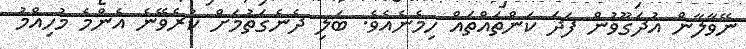
ނޭވާލާން އުދަގޫވުން ފަދަ ކަންތައްތައް ހިމެނެއެވެ. ބަލި ދެނެގަތުމަށް ކުރެވޭނެ އެންމެ މުހިއްމު